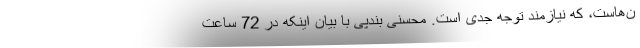
ن‌هاست، که نیازمند توجه جدی است. محسنی بندپی با بیان اینکه در 72 ساعت